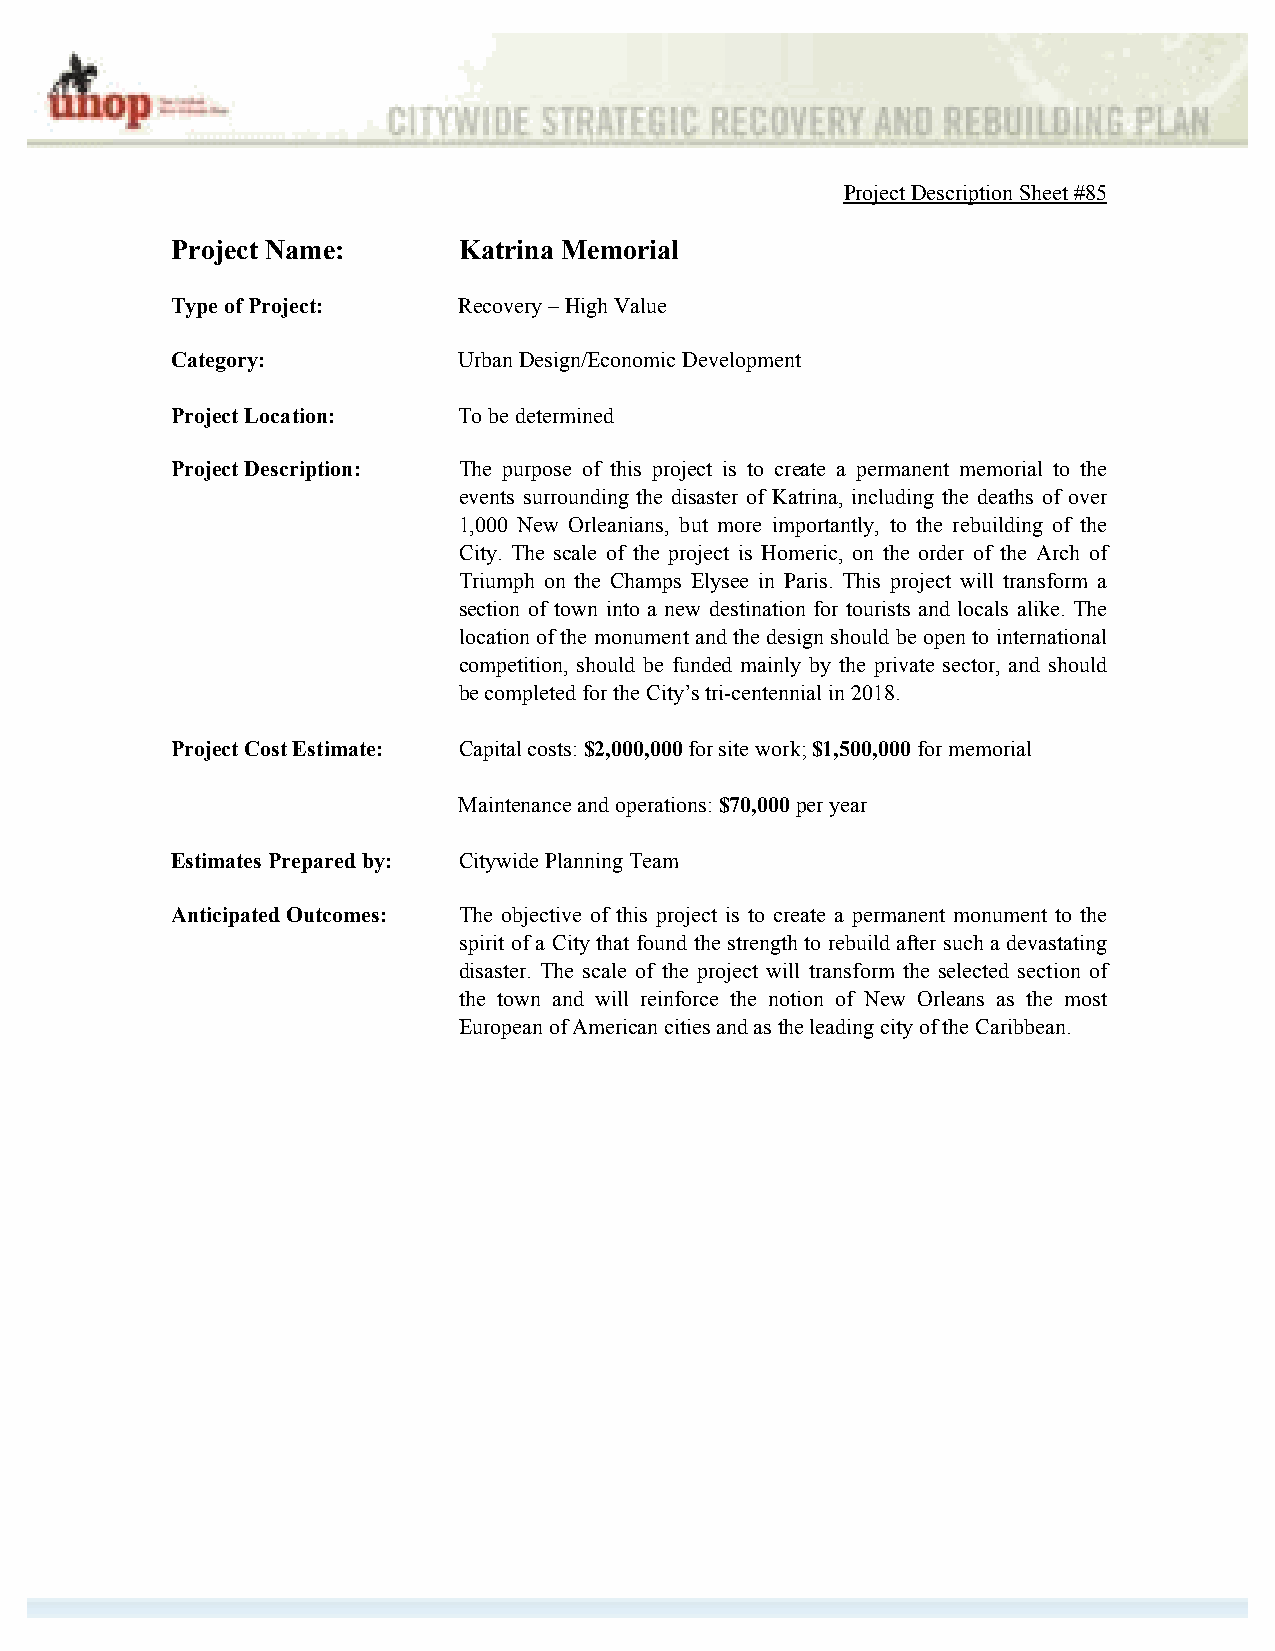
Project Description Sheet #85
 Project Name:      Katrina Memorial
 Type of Project:   Recovery – High Value
 Category:          Urban Design/Economic Development
 Project Location:  To be determined
 Project Description: The purpose of this project is to create a permanent memorial to the
 events surrounding the disaster of Katrina, including the deaths of over
 1,000 New Orleanians, but more importantly, to the rebuilding of the
 City. The scale of the project is Homeric, on the order of the Arch of
 Triumph on the Champs Elysee in Paris. This project will transform a
 section of town into a new destination for tourists and locals alike. The
 location of the monument and the design should be open to international
 competition, should be funded mainly by the private sector, and should
 be completed for the City’s tri-centennial in 2018.
 Project Cost Estimate: Capital costs: $2,000,000 for site work; $1,500,000 for memorial
 Maintenance and operations: $70,000 per year
 Estimates Prepared by: Citywide Planning Team
 Anticipated Outcomes: The objective of this project is to create a permanent monument to the
 spirit of a City that found the strength to rebuild after such a devastating
 disaster. The scale of the project will transform the selected section of
 the town and will reinforce the notion of New Orleans as the most
 European of American cities and as the leading city of the Caribbean.